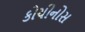
કોચીનોસ